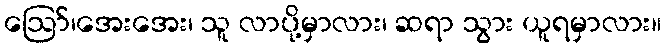
ဪ၊အေးအေး၊ သူ လာပို့မှာလား၊ ဆရာ သွား ယူရမှာလား။